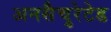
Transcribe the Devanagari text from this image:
अनसैचुरेटेड